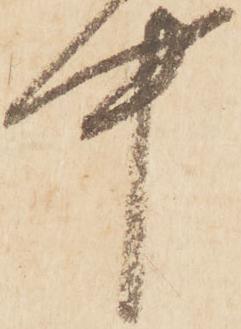
中